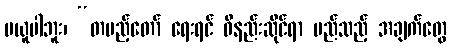
မယူပါဘူး၊ “တပည့်တော် ရေးရင် ဝိနည်းဆိုင်ရာ မည်သည့် အချက်တွေ